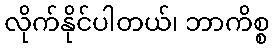
လိုက်နိုင်ပါတယ်၊ ဘာကိစ္စ